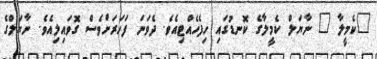
"ކެމީލާ " ނާޔަލް ކެމީލާގެ ކޮނޑުގައި ހިފެހެއްޓިއެވެ. ދެވަނަ ފަހަރަށްވެސް ގޮވައިލިއެވެ. ނާޔަލްގެ